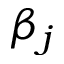
\beta _ { j }